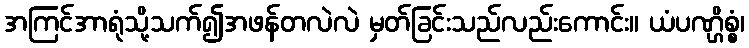
အကြင်အာရုံသို့သက်၍အဖန်တလဲလဲ မှတ်ခြင်းသည်လည်းကောင်း။ ယံပဏ္ဌိစ္စံ၊